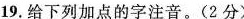
19.给下列加点的字注音。(2分)